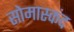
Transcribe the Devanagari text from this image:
सोमास्कंद